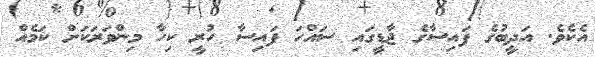
އެކެވެ. އަދީބުގެ ފައިސާގެ ޖާޑީގައި ސައްހަ ފައިސާ ހުރީ ކިހާ މިންވަރަކަށް ކަމެއް